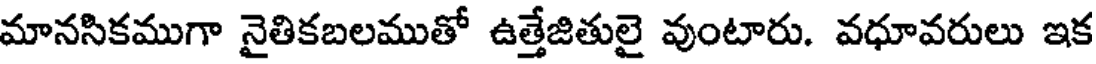
మానసికముగా నైతికబలముతో ఉత్తేజితులై వుంటారు. వధూవరులు ఇక